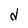
Character: d